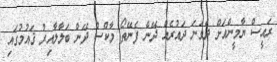
ރައީސް ޔާމީންއަށް ދެވަނަ ދައުރެއް ދޭން ފެނޭތޯ މާކްސް ދޭން ބަލާލާއިރު ޤައުމުގައި